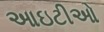
આઇટીઓ